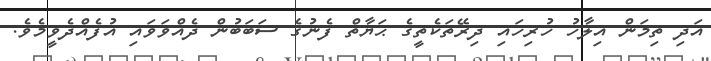
އަދި ތިމަން އިލާހު ހުރިހައި ދިރޭތަކެތީގެ ޙަޔާތް ފެނުގެ ސަބަބުން ދެއްވަވައި އުފެއްދެވީމެވެ.